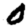
Digit: 0